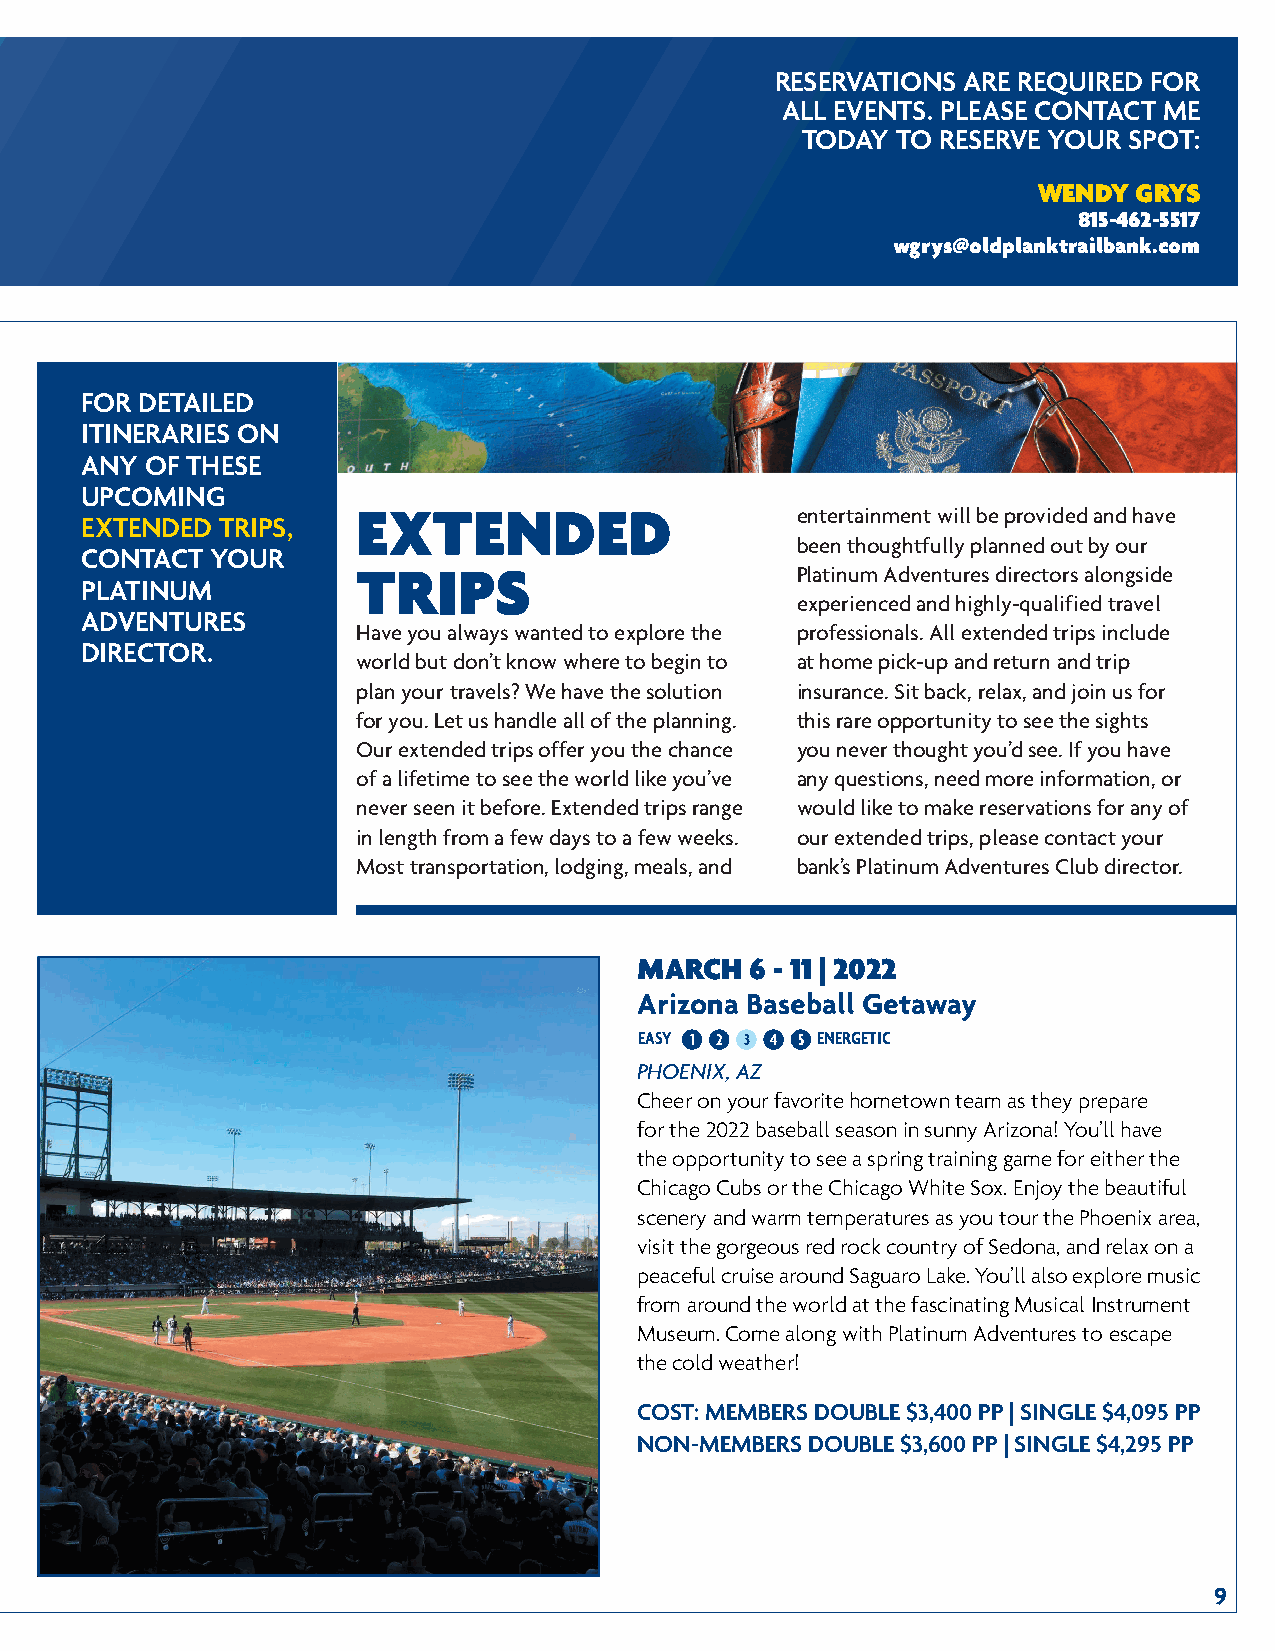
RESERVATIONS ARE REQUIRED FOR
 ALL EVENTS. PLEASE CONTACT ME
 TODAY TO RESERVE YOUR SPOT:
 WENDY GRYS
 815-462-5517
 wgrys@oldplanktrailbank.com
 FOR DETAILED
 ITINERARIES ON
 ANY  OF THESE
 UPCOMING
 EXTENDED                     entertainment will be provided and have
 EXTENDED  TRIPS,
 been thoughtfully planned out by our
 CONTACT  YOUR
 TRIPS                        Platinum Adventures directors alongside
 PLATINUM
 experienced and highly-qualified travel
 ADVENTURES
 Have you always wanted to explore the professionals. All extended trips include
 DIRECTOR.
 world but don’t know where to begin to at home pick-up and return and trip
 plan your travels? We have the solution insurance. Sit back, relax, and join us for
 for you. Let us handle all of the planning. this rare opportunity to see the sights
 Our extended trips offer you the chance you never thought you’d see. If you have
 of a lifetime to see the world like you’ve any questions, need more information, or
 never seen it before. Extended trips range would like to make reservations for any of
 in length from a few days to a few weeks. our extended trips, please contact your
 Most transportation, lodging, meals, and bank’s Platinum Adventures Club director.
 MARCH   6 - 11 | 2022
 Arizona Baseball Getaway
 EASY 1 2 3 4 5 ENERGETIC
 PHOENIX, AZ
 Cheer on your favorite hometown team as they prepare
 for the 2022 baseball season in sunny Arizona! You’ll have
 the opportunity to see a spring training game for either the
 Chicago Cubs or the Chicago White Sox. Enjoy the beautiful
 scenery and warm temperatures as you tour the Phoenix area,
 visit the gorgeous red rock country of Sedona, and relax on a
 peaceful cruise around Saguaro Lake. You’ll also explore music
 from around the world at the fascinating Musical Instrument
 Museum. Come along with Platinum Adventures to escape
 the cold weather!
 COST: MEMBERS DOUBLE $3,400 PP | SINGLE $4,095 PP
 NON-MEMBERS DOUBLE $3,600 PP | SINGLE $4,295 PP
 9